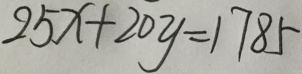
2 5 x + 2 0 y = 1 7 8 5